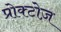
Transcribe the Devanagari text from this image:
प्रोक्टोज़